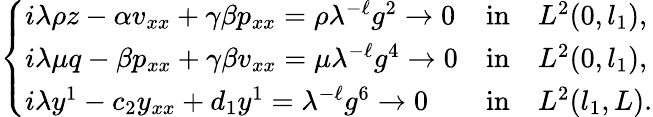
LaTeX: \left\{ \begin{array}{lll}{i{\lambda}\rho z-\alpha v_{xx}+\gamma\beta p_{xx}=\rho{\lambda}^{-\ell}g^{2}\to 0}&{\mathrm{in}}&{L^{2}(0,l_{1}),}\\ {i{\lambda}\mu q-\beta p_{xx}+\gamma\beta v_{xx}=\mu{\lambda}^{-\ell}g^{4}\to 0}&{\mathrm{in}}&{L^{2}(0,l_{1}),}\\ {i{\lambda}y^{1}-c_{2}y_{xx}+d_{1}y^{1}={\lambda}^{-\ell}g^{6}\to 0}&{\mathrm{in}}&{L^{2}(l_{1},L).}\end{array}\right.